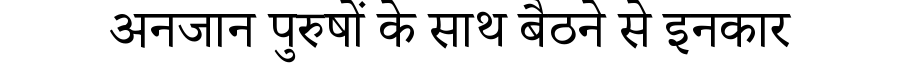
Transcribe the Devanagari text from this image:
अनजान पुरुषों के साथ बैठने से इनकार